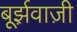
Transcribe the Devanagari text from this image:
बूर्झ़वाज़ी